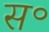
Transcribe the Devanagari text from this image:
स॰